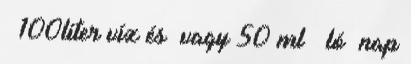
100liter víz és vagy 50 ml ló nap